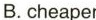
B. cheaper